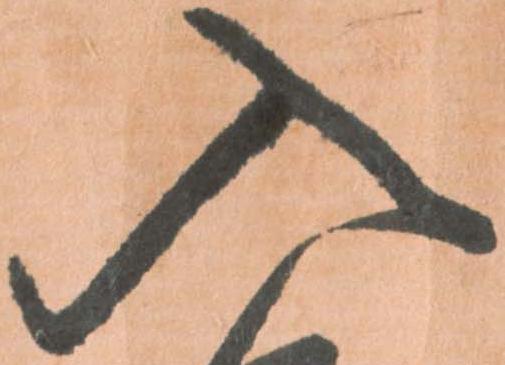
入